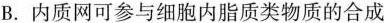
B.内质网可参与细胞内脂质类物质的合成